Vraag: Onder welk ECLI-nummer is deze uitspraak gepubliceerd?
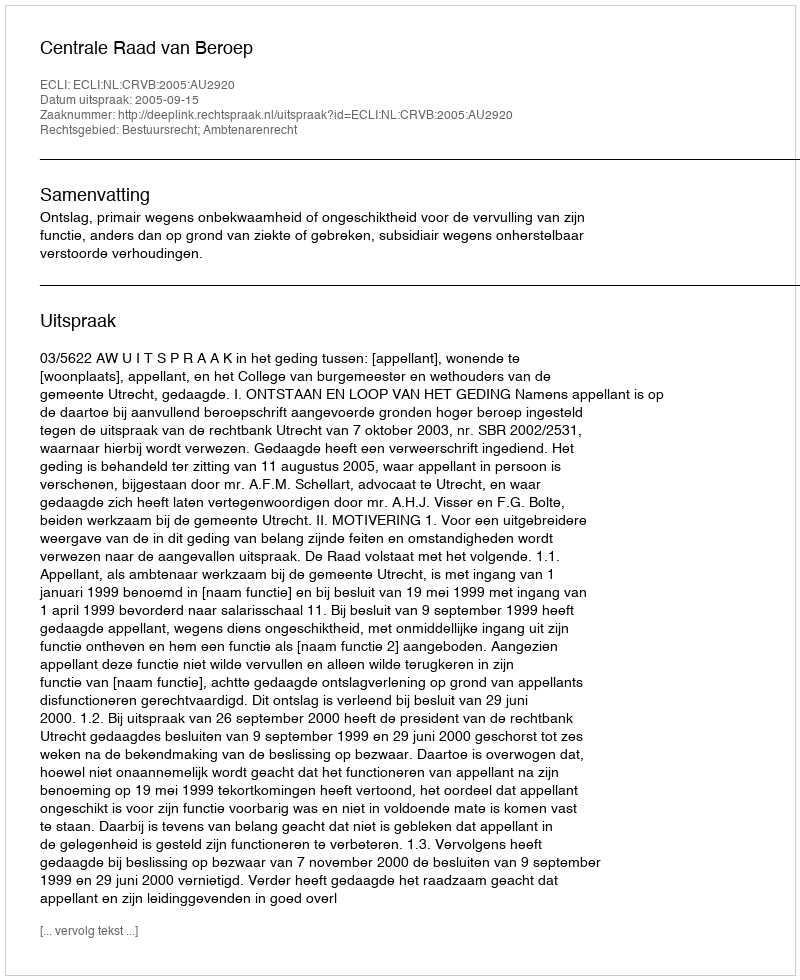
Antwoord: ECLI:NL:CRVB:2005:AU2920